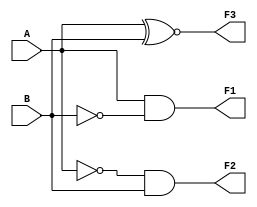
module sense_amp(A,B,F1,F2,F3);
input A,B;
output F1,F2,F3;
assign F1=A&~B; //read 1 operation
assign F2=~A&B; //read 0 operation
assign F3=A~^B;
endmodule